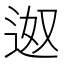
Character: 𮞎